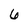
Character: 6